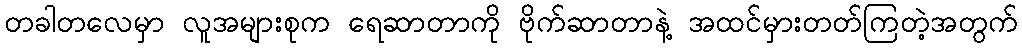
တခါတလေမှာ လူအများစုက ရေဆာတာကို ဗိုက်ဆာတာနဲ့ အထင်မှားတတ်ကြတဲ့အတွက်